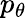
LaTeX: p_{\theta}